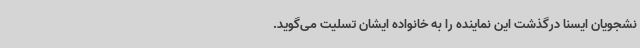
نشجویان ایسنا درگذشت این نماینده را به خانواده ایشان تسلیت می‌گوید.